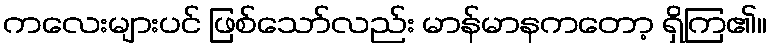
ကလေးများပင် ဖြစ်သော်လည်း မာန်မာနကတော့ ရှိကြ၏။